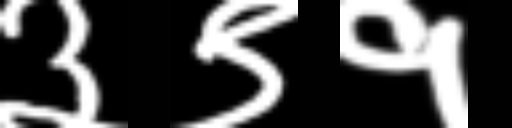
Text: ३९१